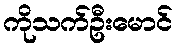
ကိုသက်ဦးမောင်